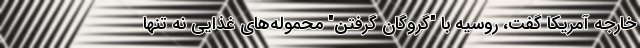
خارجه آمریکا گفت، روسیه با "گروگان گرفتن" محموله‌های غذایی نه تنها